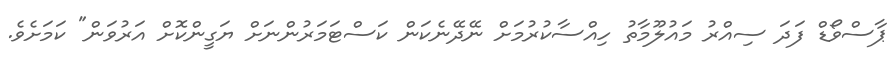
ޕާސްވޯޑް ފަދަ ސިއްރު މައުލޫމާތު ހިއްސާކުރުމަށް ނޭދޭނެކަން ކަސްޓަމަރުންނަށް ޔަގީންކޮށް އަރުވަން" ކަމަށެވެ.